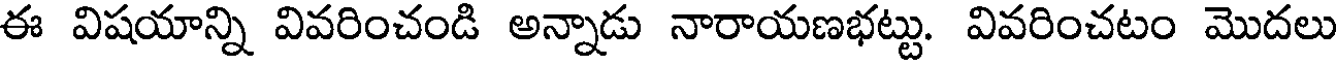
ఈ విషయాన్ని వివరించండి అన్నాడు నారాయణభట్టు. వివరించటం మొదలు